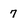
Character: 7